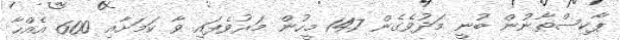
ޕާކިސްތާނުން ބުނީ މަދުވެގެން 147 މީހުން މަރުވެފައި ވާ ކަމަށާއި 600 އެއްހާ